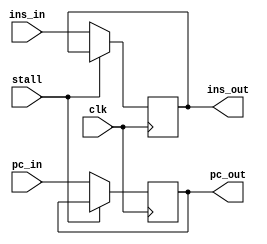
module instruction_pipeline(

	input clk,
	input [31:0] ins_in,
	input [31:0] pc_in,
	input stall,
	
	output reg [31:0] ins_out,
	output reg [31:0] pc_out
	
);

always @(posedge clk) begin
	if(stall) begin
	//do nothing
	end
	else begin
	ins_out <= ins_in;
	pc_out <= pc_in;
	end
end

endmodule